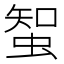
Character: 𧌲